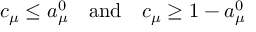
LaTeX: c _ { \mu } \leq a _ { \mu } ^ { 0 } \quad \mathrm { a n d } \quad c _ { \mu } \geq 1 - a _ { \mu } ^ { 0 }